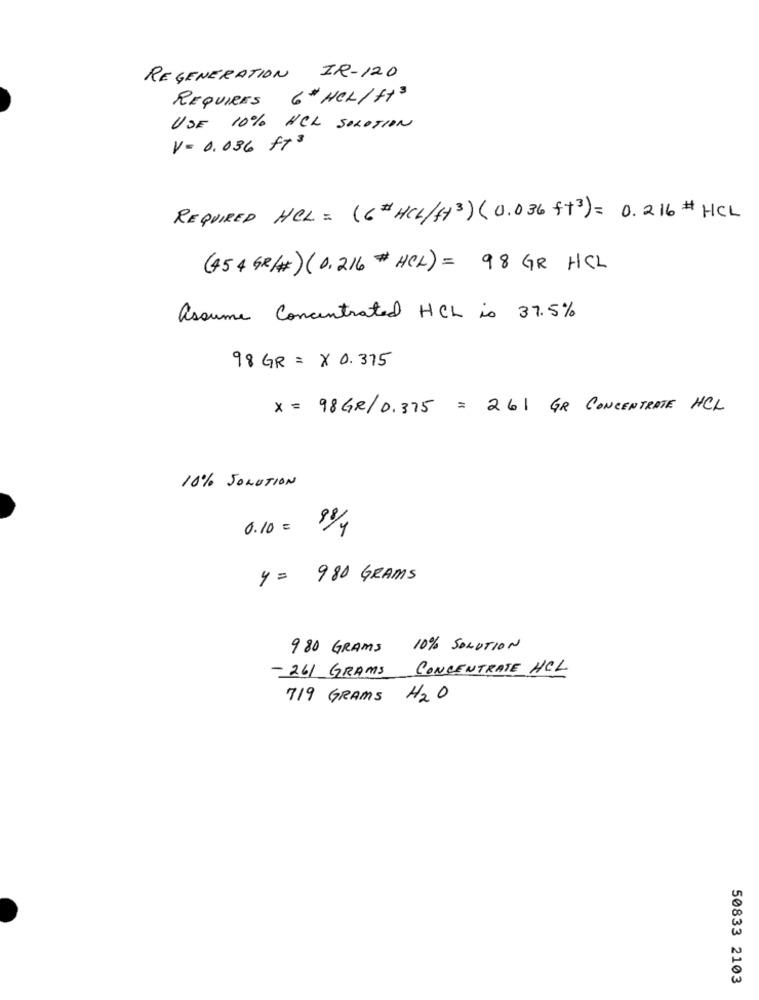
REGENERATION IR-120
REQUIRES 6# HER/ft3
USE 10% HCL SOLUTION
V= 0.036 ft3
REQUIRED HEL = (6# HCL/f+3) ( 0.036 +3) = 0.216 # HCL
(454 GR/#) (0.216 # HCL) = 98 GR HCL
assume Concentrated HCL is 37.5%
98 GR = X 0.375
X = 98 GR/D. 375 = 261 GR CONCENTRATE HCL
10% SOLUTION
0.10 = 8 1/4
4= 980 GRAMS
980 GRAMS 10% SOLUTION
- 261 GRAMS CONCENTRATE HCL
719 GRAMS H2O
50833 2103